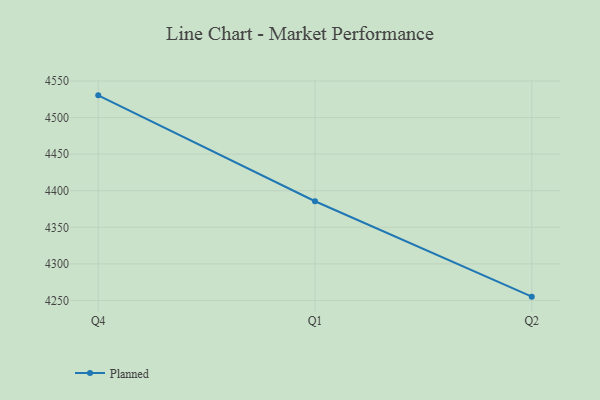
{"axis": {"x": "Quarter", "y": "Humidity (%)"}, "legend": ["Planned"], "data": [{"x": "Q4", "y": 4530.4, "type": "Planned"}, {"x": "Q1", "y": 4385.6, "type": "Planned"}, {"x": "Q2", "y": 4255.2, "type": "Planned"}]}